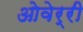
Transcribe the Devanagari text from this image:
ओवेर्री